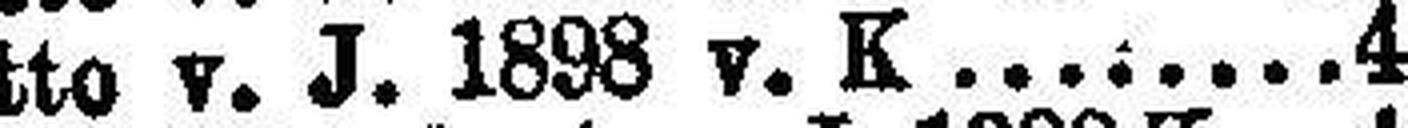
detto v. J. 1898 v. K. 4